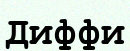
Диффи